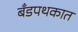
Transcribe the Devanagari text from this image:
बँडपथकात